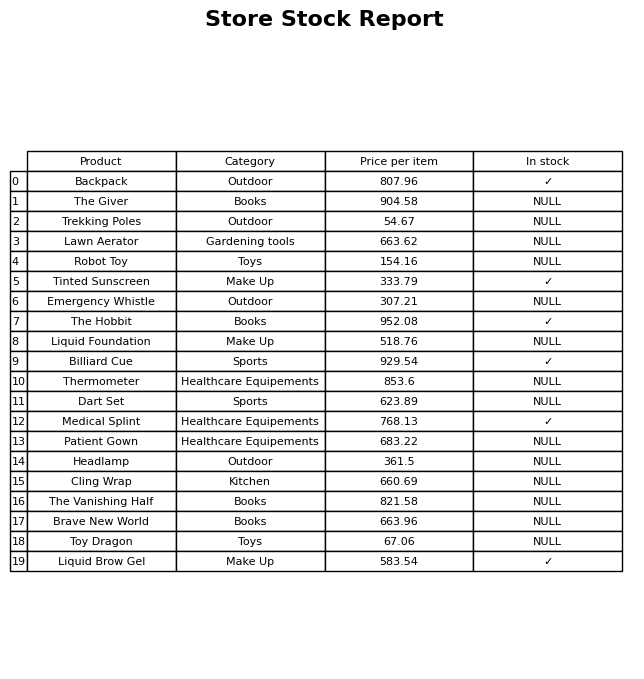
question: What category does the The Hobbit belong to?
answer: Books